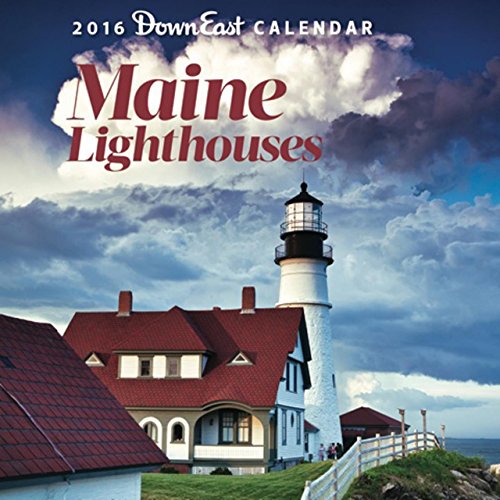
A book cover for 2016 Maine Lighthouses Down East Wall Calendar; Editors of Down East; Calendars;